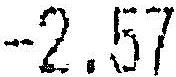
-2.57